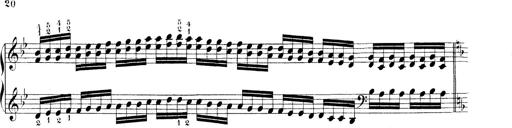
Title: Technische Studien
Composer: Franz Liszt